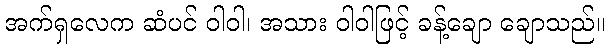
အက်ရှလေက ဆံပင် ဝါဝါ၊ အသား ဝါဝါဖြင့် ခန့်ချော ချောသည်။